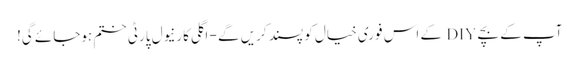
آپ کے بچے DIY کے اس فوری خیال کو پسند کریں گے - اگلی کارنیول پارٹی ختم ہوجائے گی!